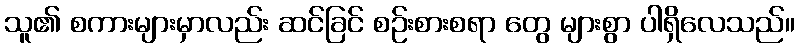
သူ၏ စကားများမှာလည်း ဆင်ခြင် စဉ်းစားစရာ တွေ များစွာ ပါရှိလေသည်။